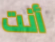
أنت